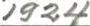
1924